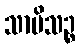
သာမိသဉ္စ